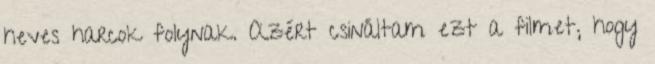
heves harcok folynak. Azért csináltam ezt a filmet, hogy